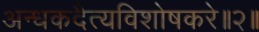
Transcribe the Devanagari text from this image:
अन्धकदैत्यविशोषकरे॥२॥